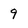
Character: 9